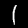
Digit: 1